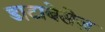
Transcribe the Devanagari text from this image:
डाटाबेसेज़